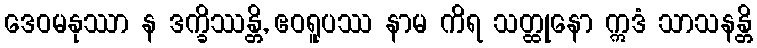
ဒေဝမနုဿာ န ဒက္ခိဿန္တိ, ဧဝရူပဿ နာမ ကိရ သတ္ထုနော ဣဒံ သာသနန္တိ